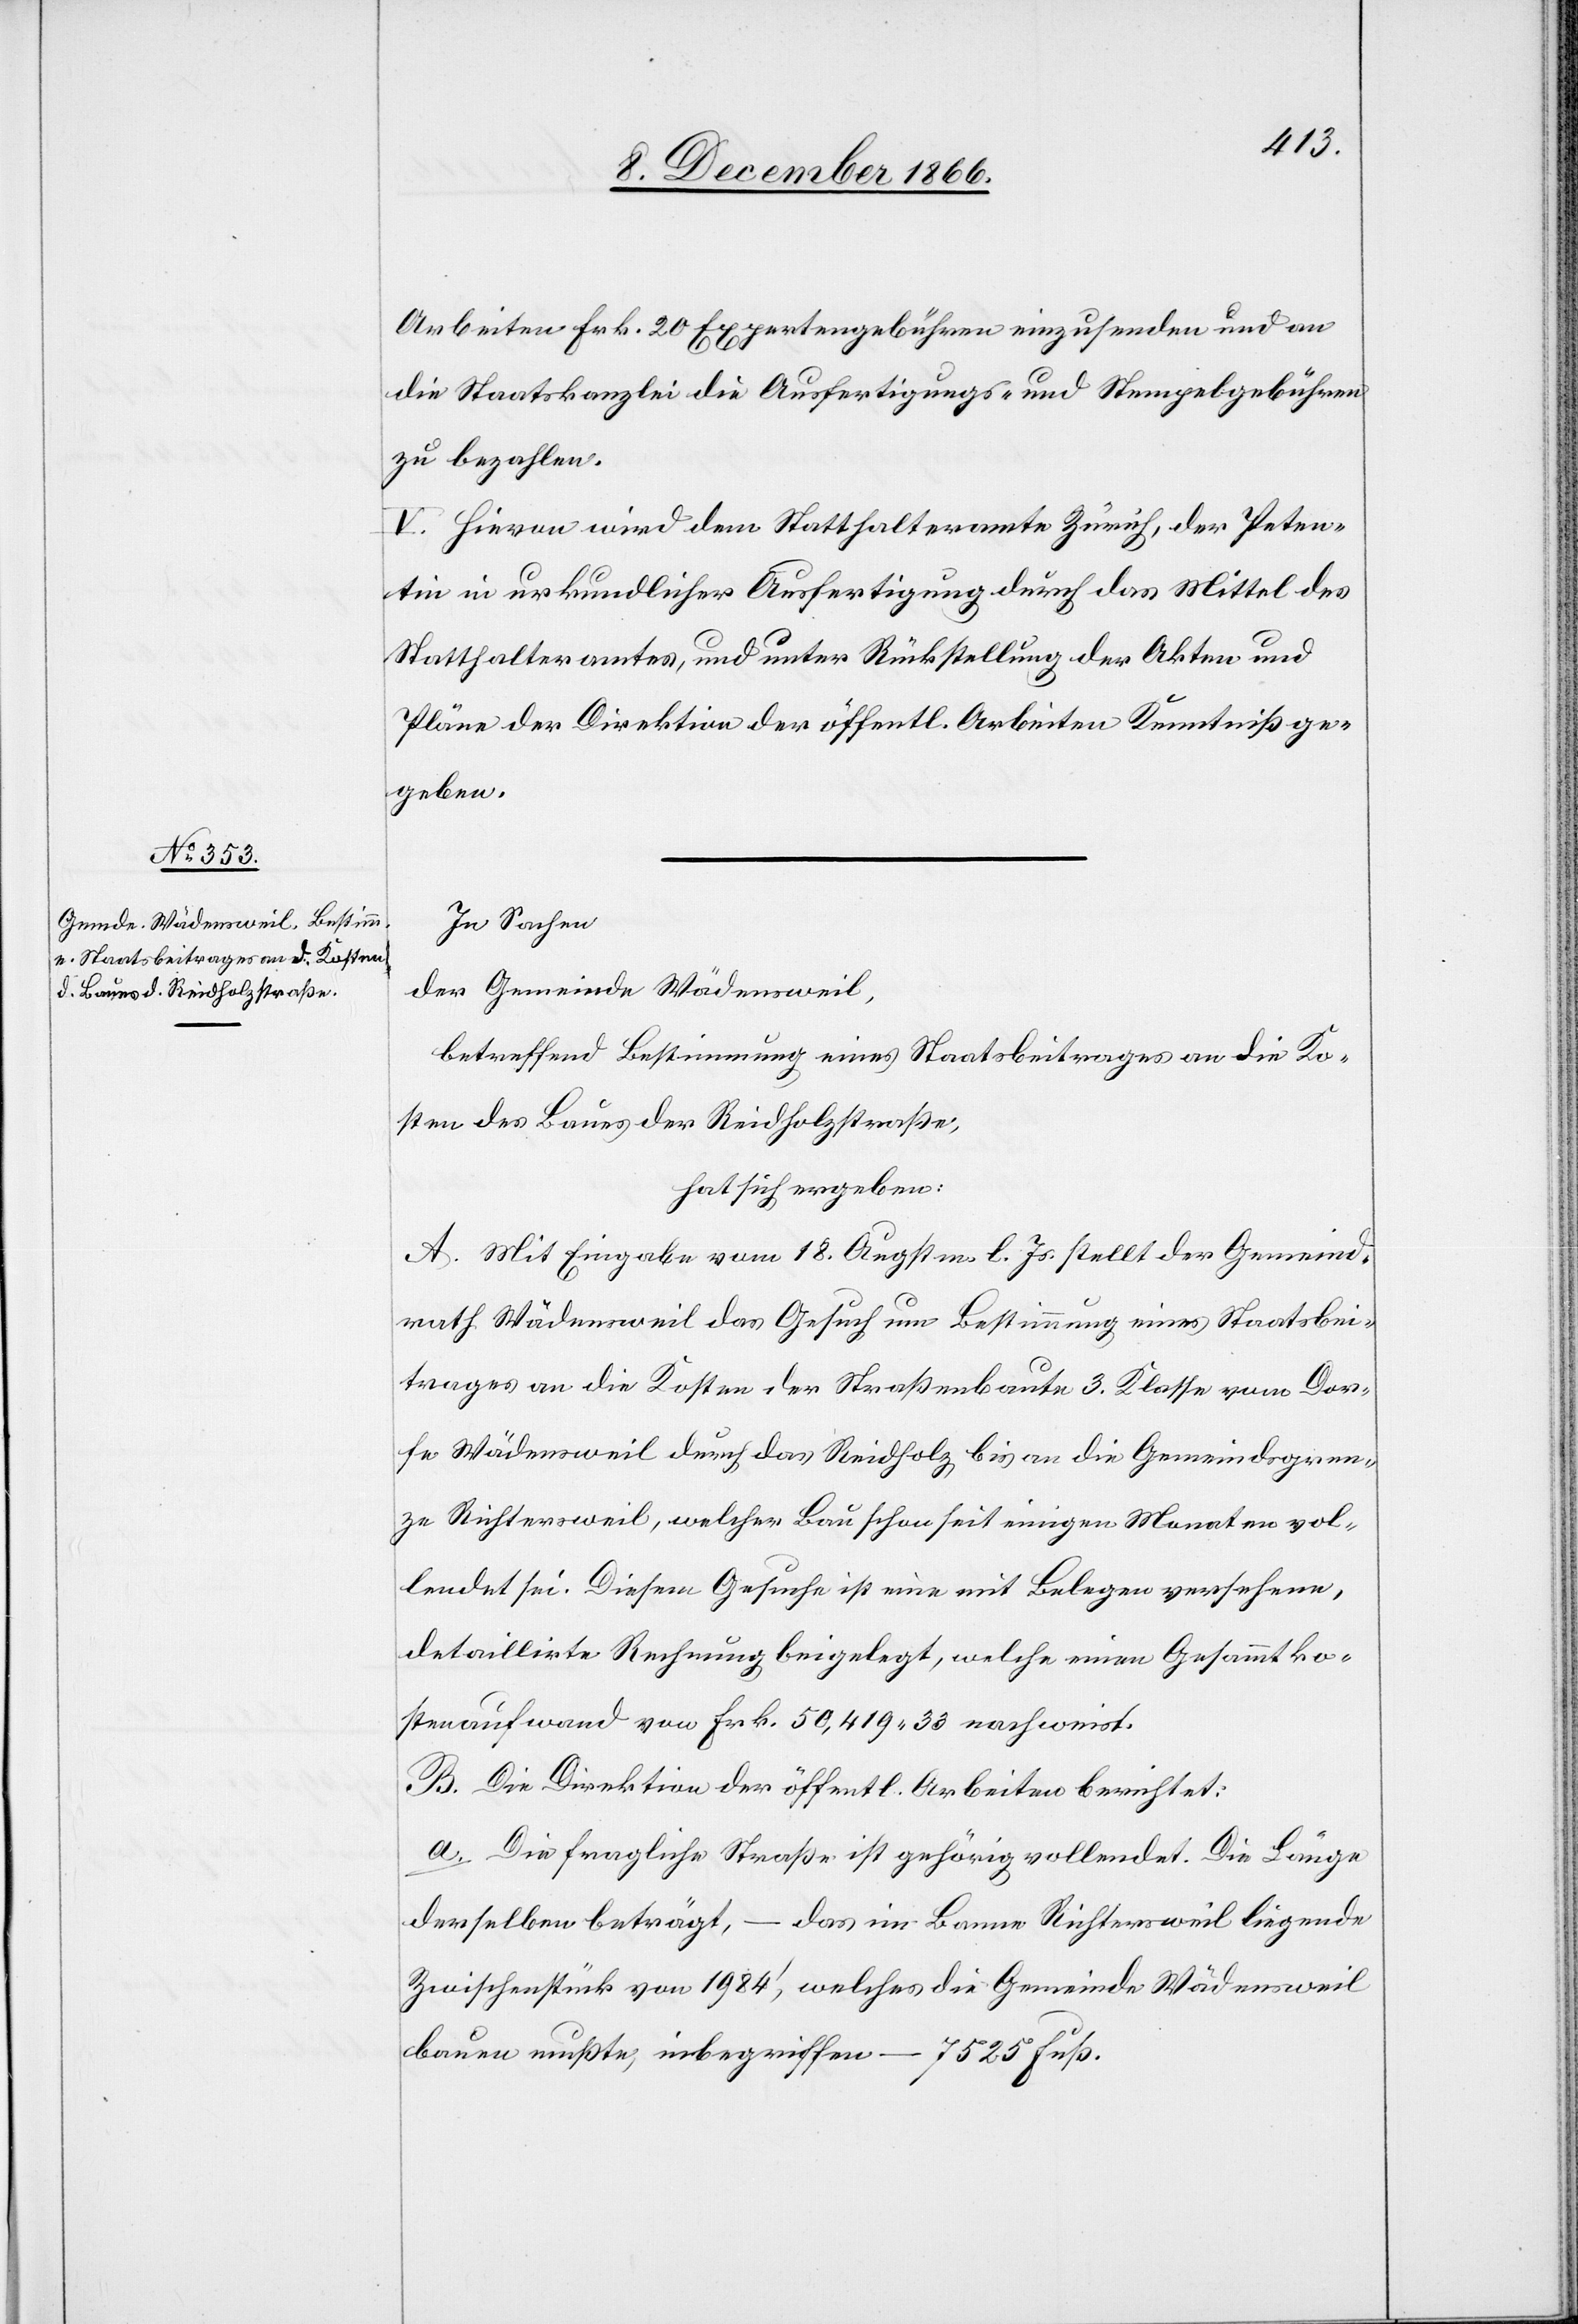
Arbeiten Frk. 20 Expertengebühren einzusenden und an
die Staatskanzlei die Ausfertigungs- und Stempelgebühren
zu bezahlen.
V. Hievon wird dem Statthalteramte Zürich, der Peten¬
tin in urkundlicher Ausfertigung durch das Mittel des
Statthalteramtes, und unter Rückstellung der Akten und
Pläne der Direktion der öffentl. Arbeiten Kenntniß ge¬
geben.
In Sachen
der Gemeinde Wädensweil,
betreffend Bestimmung eines Staatsbeitrages an die Ko¬
sten des Baues der Reidholzstraße,
hat sich ergeben:
A. Mit Eingabe vom 18. Augstm. l. Js. stellt der Gemeind¬
rath Wädensweil das Gesuch um Bestimmung eines Staatsbei¬
trages an die Kosten der Straßenbaute 3. Klasse vom Dor¬
fe Wädensweil durch das Reidholz, bis an die Gemeindsgren¬
ze Richtersweil, welcher Bau schon seit einigen Monaten vol¬
lendet sei. Diesem Gesuche ist eine mit Belegen versehene,
detaillirte Rechnung beigelegt, welche einen Gesammtko¬
stenaufwand von Frk. 50 419.33 nachweist.
B. Die Direktion der öffentl. Arbeiten berichtet:
a. Die fragliche Straße ist gehörig vollendet. Die Länge
derselben beträgt, – das im Banne Richtersweil liegende
Zwischenstück von 1984‘, welches die Gemeinde Wädensweil
bauen mußte, inbegriffen – 7525 Fuß.